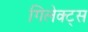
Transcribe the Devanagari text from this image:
गिलेक्ट्स